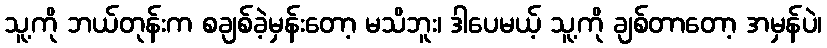
သူ့ကို ဘယ်တုန်းက စချစ်ခဲ့မှန်းတော့ မသိဘူး၊ ဒါပေမယ့် သူ့ကို ချစ်တာတော့ အမှန်ပဲ၊